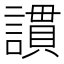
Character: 謴